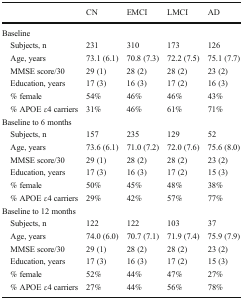
|  | CN | EMCI | LMCI | AD |
 | --- | --- | --- | --- | --- |
 | <COLSPAN=5> Baseline |
 | Subjects, n | 231 | 310 | 173 | 126 |
 | Age, years | 73.1 (6.1) | 70.8 (7.3) | 72.2 (7.5) | 75.1 (7.7) |
 | MMSE score/30 | 29 (1) | 28 (2) | 28 (2) | 23 (2) |
 | Education, years | 17 (3) | 16 (3) | 17 (2) | 16 (3) |
 | % female | 54% | 46% | 46% | 43% |
 | % APOE ε4 carriers | 31% | 46% | 61% | 71% |
 | <COLSPAN=5> Baseline to 6 months |
 | Subjects, n | 157 | 235 | 129 | 52 |
 | Age, years | 73.6 (6.1) | 71.0 (7.2) | 72.0 (7.6) | 75.6 (8.0) |
 | MMSE score/30 | 29 (1) | 28 (2) | 28 (2) | 23 (2) |
 | Education, years | 17 (3) | 16 (3) | 17 (2) | 15 (3) |
 | % female | 50% | 45% | 48% | 38% |
 | % APOE ε4 carriers | 29% | 42% | 57% | 77% |
 | <COLSPAN=5> Baseline to 12 months |
 | Subjects, n | 122 | 122 | 103 | 37 |
 | Age, years | 74.0 (6.0) | 70.7 (7.1) | 71.9 (7.4) | 75.9 (7.9) |
 | MMSE score/30 | 29 (1) | 28 (2) | 28 (2) | 23 (2) |
 | Education, years | 17 (3) | 16 (3) | 17 (2) | 15 (3) |
 | % female | 52% | 44% | 47% | 27% |
 | % APOE ε4 carriers | 27% | 44% | 56% | 78% |